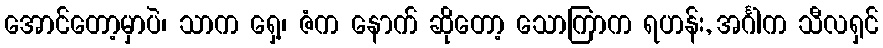
အောင်တော့မှာပဲ၊ သာက ရှေ့၊ ဇံက နောက် ဆိုတော့ သောကြာက ရဟန်း, အင်္ဂါက သီလရှင်